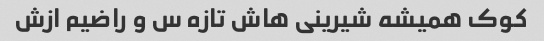
کوک همیشه شیرینی هاش تازه س و راضیم ازش